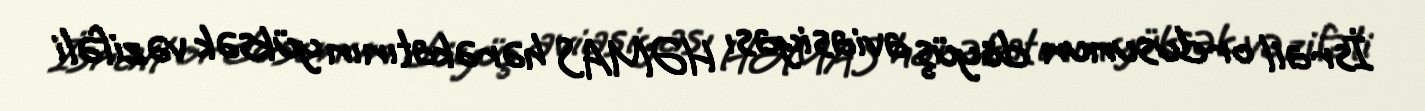
İsrail ordusunun döyüş aviasiyası HƏMAS hərəkatının yüksək vəzifəli